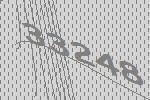
33248